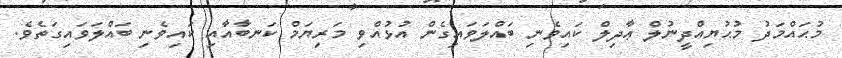
މުޙައްމަދު މުޙުޔިއްދީނުލް ޢާދިލް ކައިވެނި ބައްލަވައިގެން އުޅުއްވި މަރިޔަމް ކަނބާއާއި ކައިވެނި ބައްލަވައިގަތެވެ.